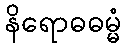
နိရောဓဓမ္မံ